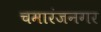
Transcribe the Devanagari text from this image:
चमारंजनगर